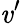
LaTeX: \mathit{v}^{\prime}